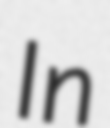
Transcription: In